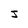
Character: J